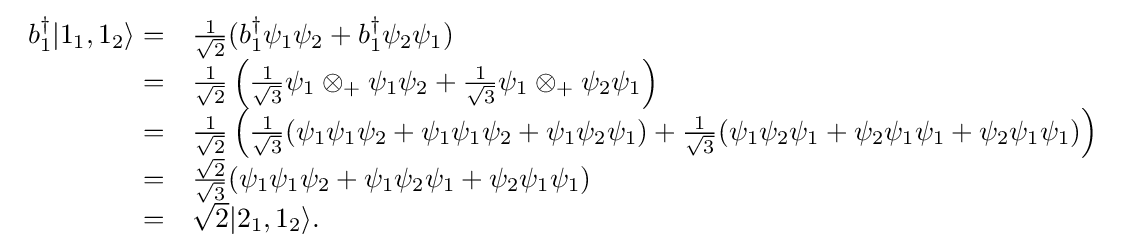
{\begin{array}{rl}b_{1}^{\dagger }|1_{1},1_{2}\rangle =&{\frac {1}{\sqrt {2}}}(b_{1}^{\dagger }\psi _{1}\psi _{2}+b_{1}^{\dagger }\psi _{2}\psi _{1})\\=&{\frac {1}{\sqrt {2}}}\left({\frac {1}{\sqrt {3}}}\psi _{1}\otimes _{+}\psi _{1}\psi _{2}+{\frac {1}{\sqrt {3}}}\psi _{1}\otimes _{+}\psi _{2}\psi _{1}\right)\\=&{\frac {1}{\sqrt {2}}}\left({\frac {1}{\sqrt {3}}}(\psi _{1}\psi _{1}\psi _{2}+\psi _{1}\psi _{1}\psi _{2}+\psi _{1}\psi _{2}\psi _{1})+{\frac {1}{\sqrt {3}}}(\psi _{1}\psi _{2}\psi _{1}+\psi _{2}\psi _{1}\psi _{1}+\psi _{2}\psi _{1}\psi _{1})\right)\\=&{\frac {\sqrt {2}}{\sqrt {3}}}(\psi _{1}\psi _{1}\psi _{2}+\psi _{1}\psi _{2}\psi _{1}+\psi _{2}\psi _{1}\psi _{1})\\=&{\sqrt {2}}|2_{1},1_{2}\rangle .\end{array}}